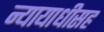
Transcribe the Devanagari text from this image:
न्यायाधीसह